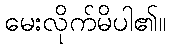
မေးလိုက်မိပါ၏။